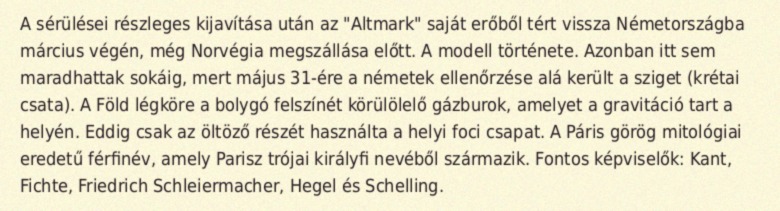
A sérülései részleges kijavítása után az "Altmark" saját erőből tért vissza Németországba március végén, még Norvégia megszállása előtt. A modell története. Azonban itt sem maradhattak sokáig, mert május 31-ére a németek ellenőrzése alá került a sziget (krétai csata). A Föld légköre a bolygó felszínét körülölelő gázburok, amelyet a gravitáció tart a helyén. Eddig csak az öltöző részét használta a helyi foci csapat. A Páris görög mitológiai eredetű férfinév, amely Parisz trójai királyfi nevéből származik. Fontos képviselők: Kant, Fichte, Friedrich Schleiermacher, Hegel és Schelling.